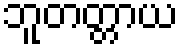
ဘူတတ္တာယ